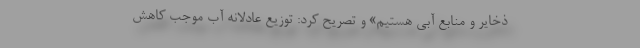
ذخایر و منابع آبی هستیم» و تصریح کرد: توزیع عادلانه آب موجب کاهش